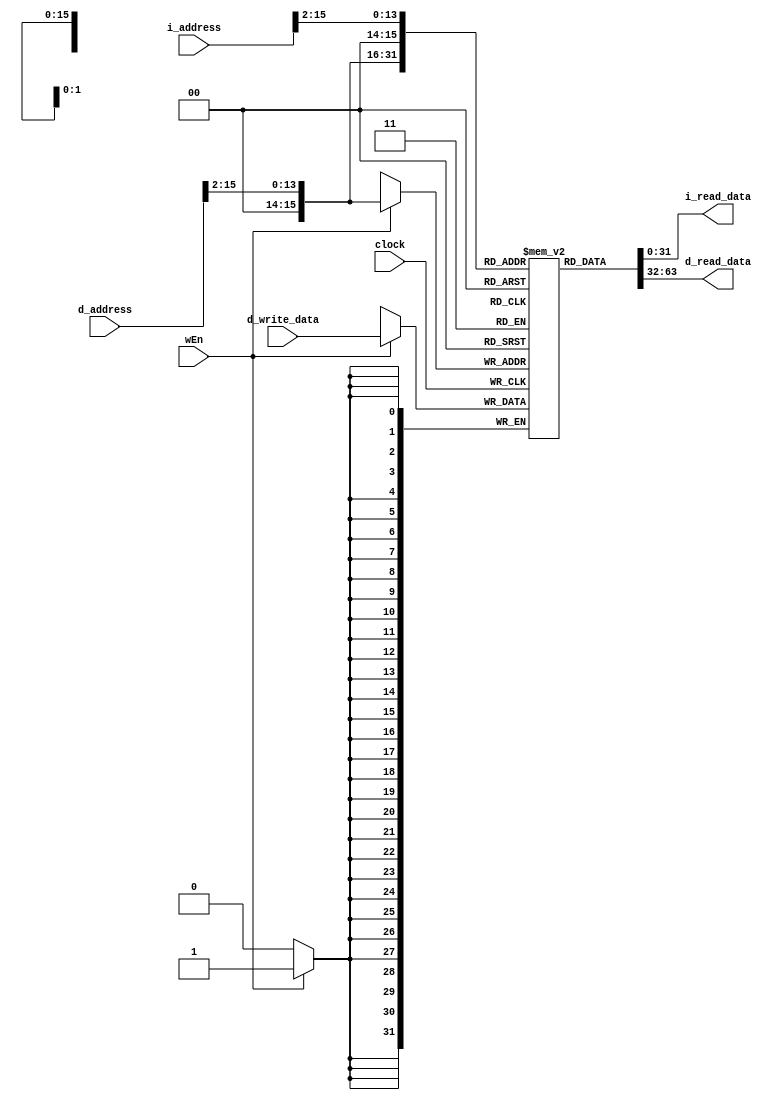
// Name: Layan Bahaidarah Andreas Francisco
// BU ID: U26666743 U85066104
// EC413 Project: Ram Module

module ram #(
  parameter DATA_WIDTH = 32,
  parameter ADDR_WIDTH = 16
) (
  input  clock,

  // Instruction Port
  input  [ADDR_WIDTH-1:0] i_address,
  output [DATA_WIDTH-1:0] i_read_data,

  // Data Port
  input  wEn,
  input  [ADDR_WIDTH-1:0] d_address,
  input  [DATA_WIDTH-1:0] d_write_data,
  output [DATA_WIDTH-1:0] d_read_data

);

localparam RAM_DEPTH = 1 << ADDR_WIDTH;
reg[DATA_WIDTH-1:0] read_data;
reg [DATA_WIDTH-1:0]instruction;

reg [DATA_WIDTH-1:0] ram [0:RAM_DEPTH-1];

/******************************************************************************
*                      Start Your Code Here
******************************************************************************/
always @(posedge clock)
begin
    if(wEn == 1'b1)
        ram[d_address[15:2]] <= d_write_data;
end

assign d_read_data = ram[d_address[15:2]];
assign i_read_data = ram[i_address[15:2]];

endmodule